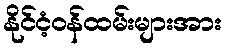
နိုင်ငံ့ဝန်ထမ်းများအား